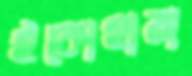
ইকোহামা